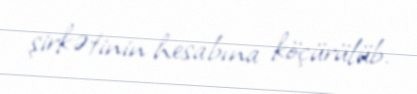
şirkətinin hesabına köçürülüb.